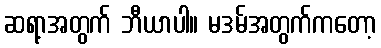
ဆရာ့အတွက် ဘီယာပါ။ မဒမ်အတွက်ကတော့